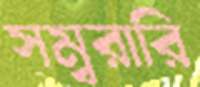
সম্বরারি